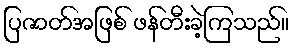
ပြဇာတ်အဖြစ် ဖန်တီးခဲ့ကြသည်။